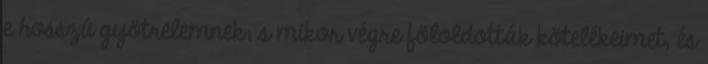
e hosszú gyötrelemnek; s mikor végre föloldották kötelékeimet, és